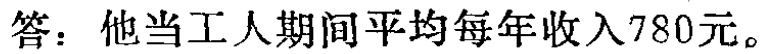
答：他当工人期间平均每年收入780元。